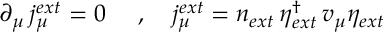
\partial _ { \mu } \, j _ { \mu } ^ { e x t } = 0 ~ \quad , \quad j _ { \mu } ^ { e x t } = n _ { e x t } \, \eta _ { e x t } ^ { \dagger } \, v _ { \mu } \eta _ { e x t }